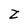
Character: Z